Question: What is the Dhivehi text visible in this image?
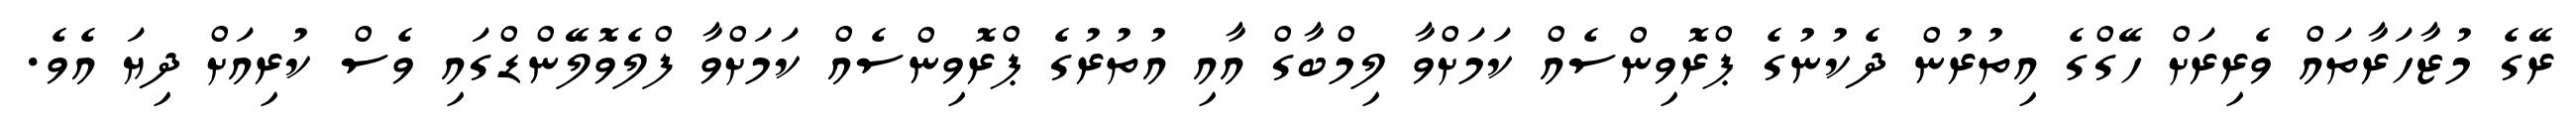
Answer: ރޭގެ މުޒާހަރާތައް ވެރިރަށް ހޭގްގެ އިތުރުން ދެކުނުގެ ޕްރޮވިންސެއް ކަމަށްވާ ލިމްބާގް އާއި އުތުރުގެ ޕްރޮވިންސެއް ކަމަށްވާ ފްލެވޮލޭންޑްގައި ވެސް ކުރިއަށް ދިޔަ އެވެ.